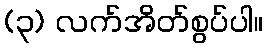
(၃) လက်အိတ်စွပ်ပါ။